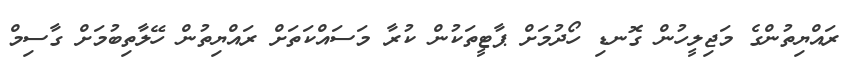
ރައްޔިތުންގެ މަޖިލީހުން ގޮނޑި ހޯދުމަށް ޕާޓީތަކުން ކުރާ މަސައްކަތަށް ރައްޔިތުން ހޭލާތިބުމަށް ގާސިމް